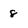
Character: 8